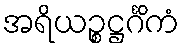
အရိယဉ္စဋ္ဌင်္ဂိကံ